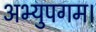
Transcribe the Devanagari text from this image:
अभ्युपगम।